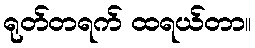
ရုတ်တရက် ထရယ်တာ။